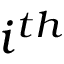
{ i ^ { t h } }